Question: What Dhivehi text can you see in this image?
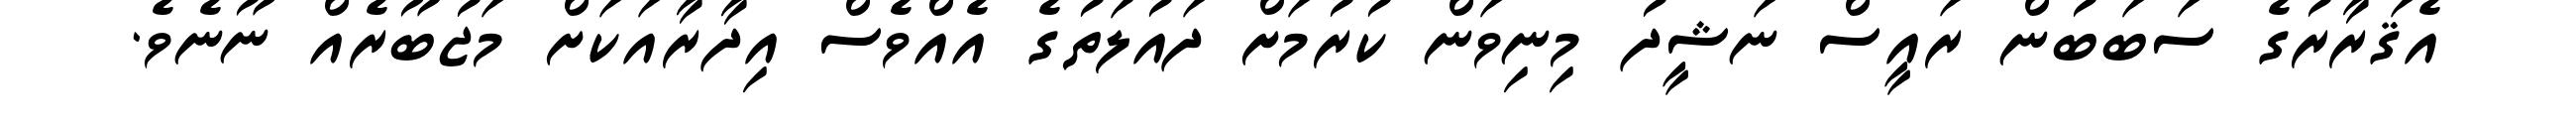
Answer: އެޤަރާރުގެ ސަބަބުން ރައީސް ނަޝީދު މިނިވަން ކުރުމަށް ދައުލަތުގެ އެއްވެސް އިދާރާއަކަށް މަޖުބޫރެއް ނޫނެވެ.